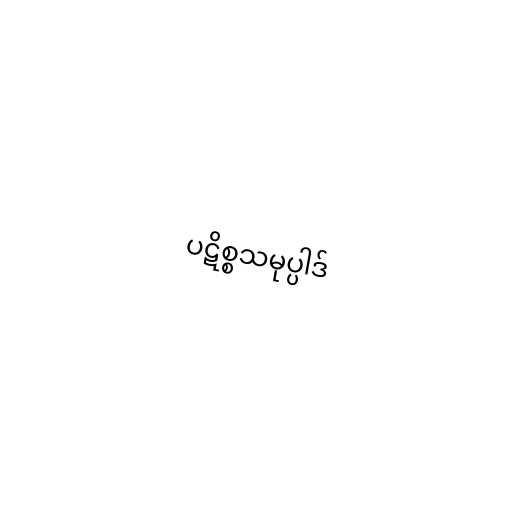
ပဋိစ္စသမုပ္ပါဒ်